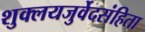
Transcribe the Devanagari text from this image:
शुक्लयजुर्वेदसंहिता